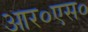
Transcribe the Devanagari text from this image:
आर०एस०